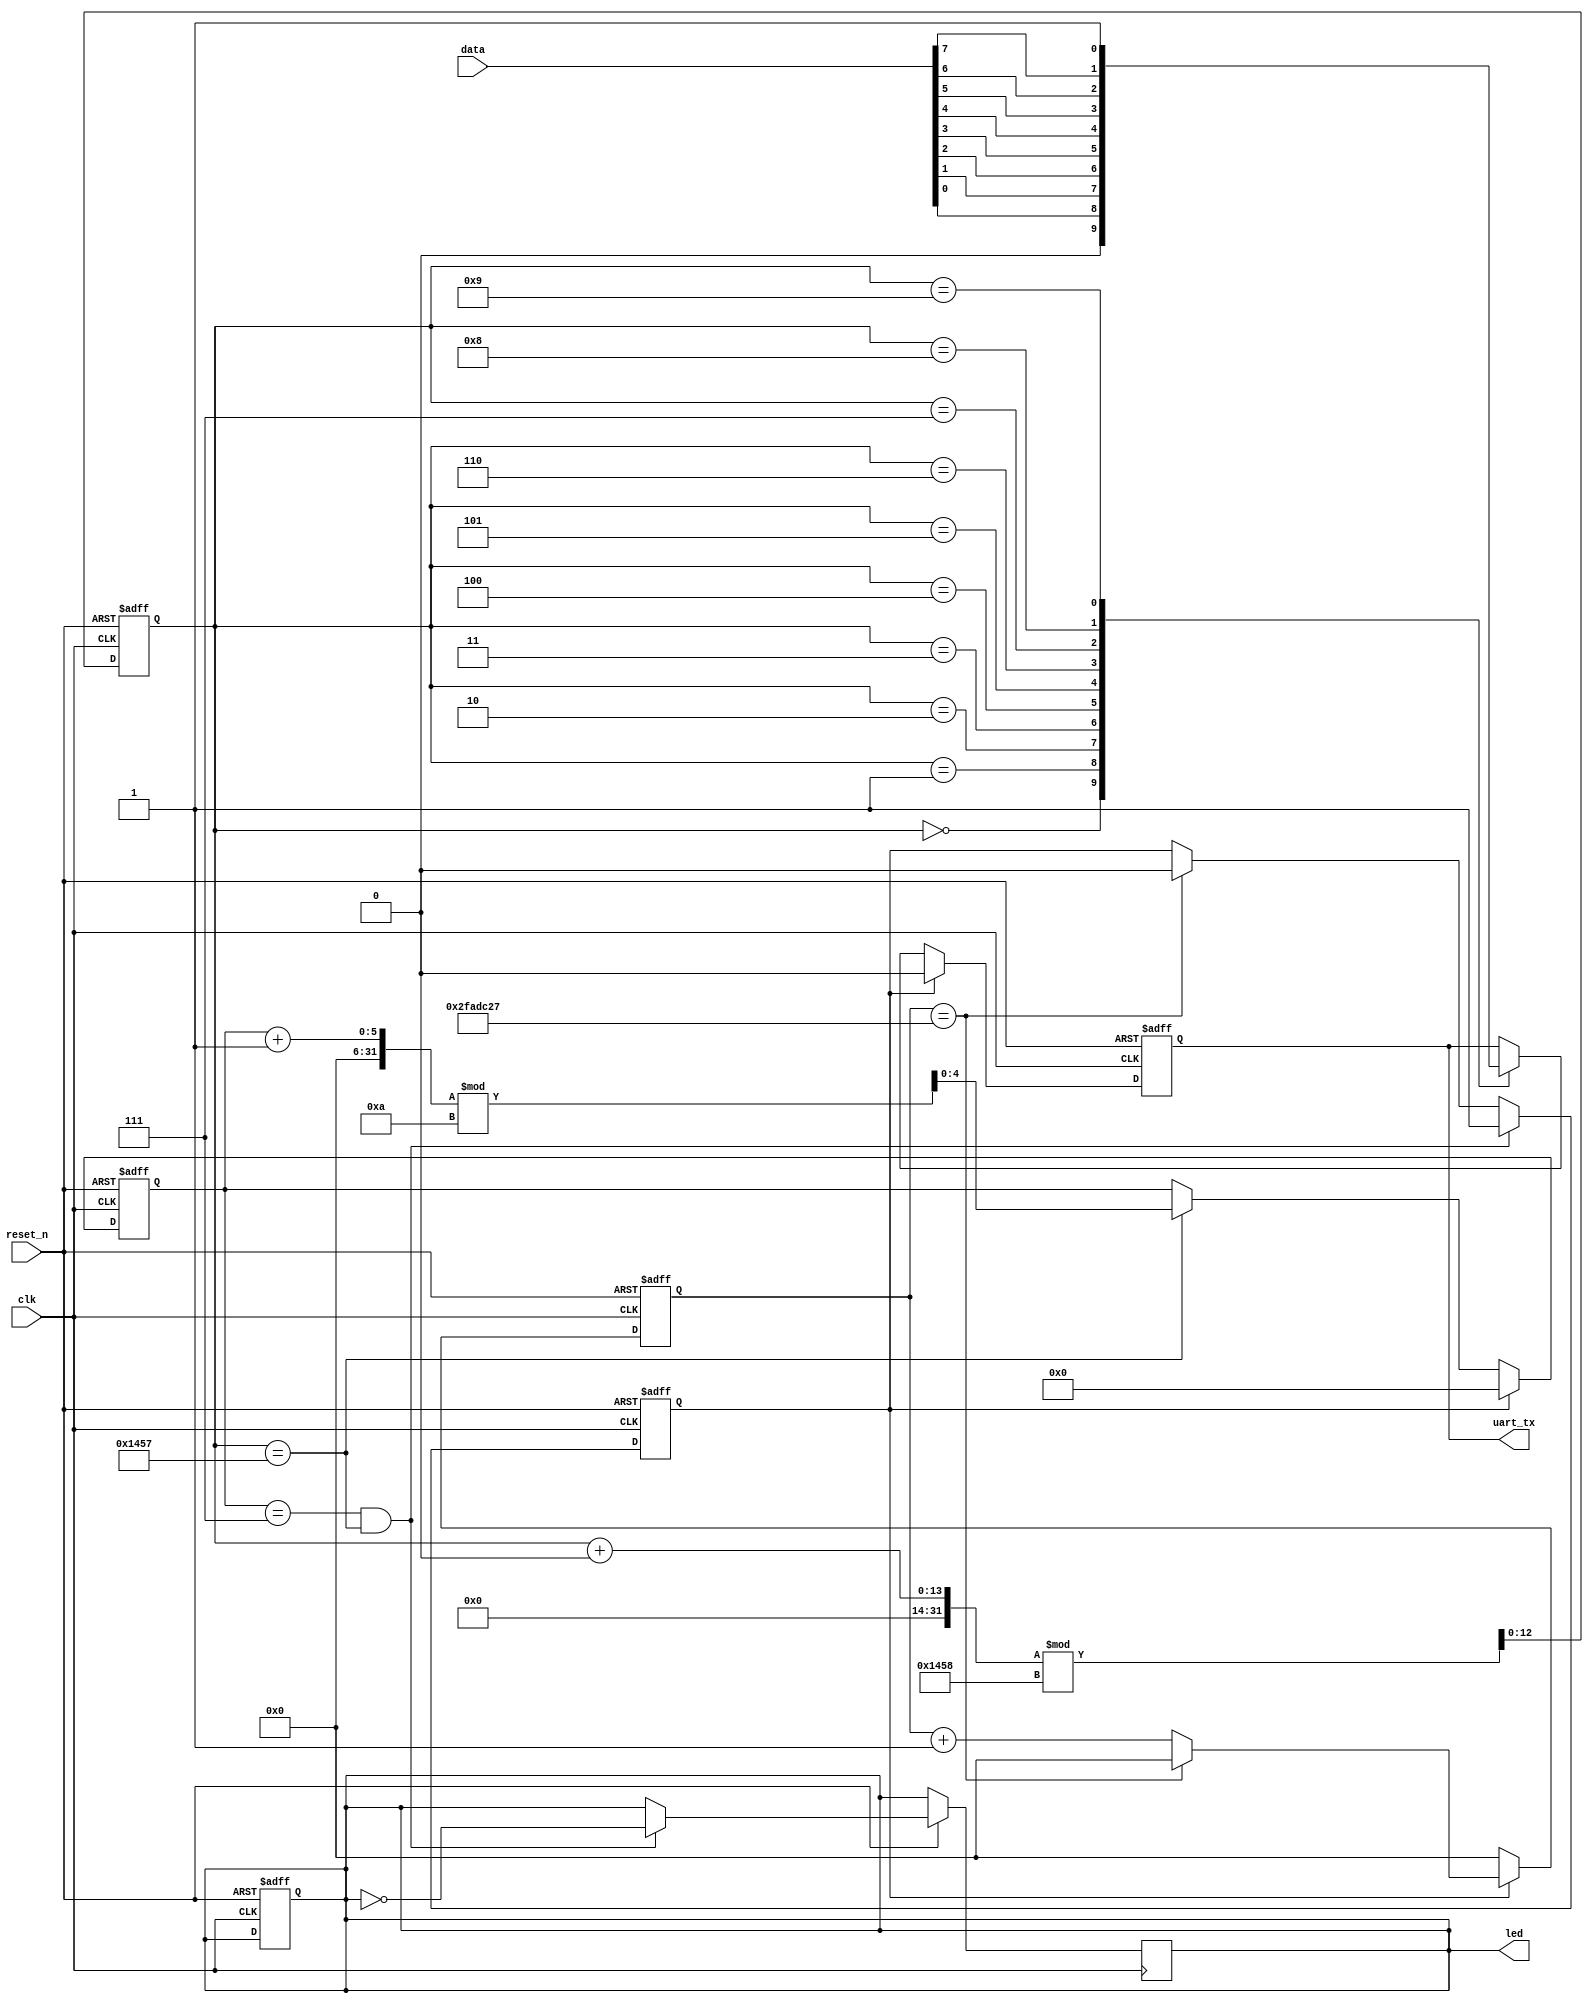
`timescale 1ns / 1ps

// :
// 9600
// 8
// 1
// 
// 
// 1s8LED0

module UART_TX_0(
    data,
    clk,
    reset_n,
    uart_tx,
    led
);
    input [7:0]data;
    input clk;
    input reset_n;
    
    output reg uart_tx;
    output reg led;

    reg [25:0] counter;
    reg [12:0] count_baud;
    reg [4:0] count_num;

    parameter baud = 5208;  
    parameter width = 8+2;
    parameter MCNT_1S = 50_000_000-baud;

    reg en_counter;
    wire en_counter_num;



    always @(posedge clk or negedge reset_n) begin 
        if(!reset_n) begin
            counter<=0;
            led<=1'b1;  
        end
        else if(en_counter)begin
        if(counter==MCNT_1S-1)
            counter<=0; 
        else
            counter<=counter+1'b1;
    end
        else
            counter<=0;
    end



    always @(posedge clk or negedge reset_n) begin
        if(!reset_n)
            count_baud<=1'b0;
        else 
            count_baud<=(count_baud+1'b0)%baud;
    end 


    always @(posedge clk or negedge reset_n) begin
        if(!reset_n)
            count_num<=1'b0;
        else if(en_counter_num)begin
            if(count_baud == baud-1)
            count_num<=(count_num+1'b1)%width;
            end
        else
            count_num<=1'b0;
    end 




        always @(posedge clk or negedge reset_n) begin 
        if(!reset_n)
            en_counter<=1'b1;
        else if(count_num==7 && count_baud == baud-1)begin
            en_counter<=1'b1;
            led<=~led;
            end
        else if(counter==MCNT_1S-1)
            en_counter<=1'b0;
    end

    assign en_counter_num = ~en_counter;



    always @(posedge clk or negedge reset_n) begin  
        if(!reset_n)
            uart_tx<=0;
        else if(en_counter==1)
            uart_tx<=0;
        else begin
            case(count_baud)
                0 : uart_tx<= 0;
                1 : uart_tx<= data[0]; 
                2 : uart_tx<= data[1];
                3 : uart_tx<= data[2];
                4 : uart_tx<= data[3];
                5 : uart_tx<= data[4];
                6 : uart_tx<= data[5];
                7 : uart_tx<= data[6];
                8 : uart_tx<= data[7];
                9 : uart_tx<= 1;
                default : uart_tx<=uart_tx;
            endcase                
        end
    end

endmodule